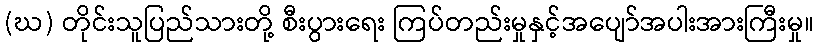
(ဃ) တိုင်းသူပြည်သားတို့ စီးပွားရေး ကြပ်တည်းမှုနှင့်အပျော်အပါးအားကြီးမှု။